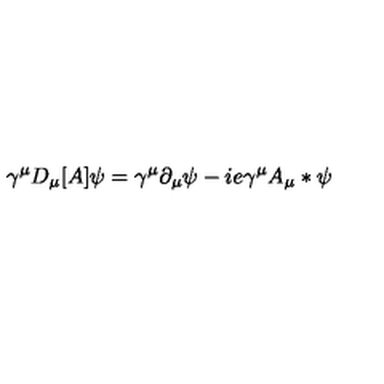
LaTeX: \gamma ^ { \mu } D _ { \mu } [ A ] \psi = \gamma ^ { \mu } \partial _ { \mu } \psi - i e \gamma ^ { \mu } A _ { \mu } * \psi